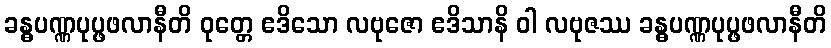
ခန္ဓပဏ္ဏပုပ္ဖဖလာနီတိ ဝုတ္တေ ဧဒိသော လဗုဇော ဧဒိသာနိ ဝါ လဗုဇဿ ခန္ဓပဏ္ဏပုပ္ဖဖလာနီတိ